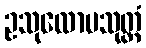
ဥသုလောမသုတ္တံ